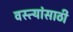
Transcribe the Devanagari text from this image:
वस्त्यांसाठी